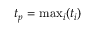
t _ { p } = \mathrm { m a x } _ { i } ( t _ { i } )